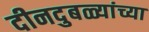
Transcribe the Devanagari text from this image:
दीनदुबळ्यांच्या